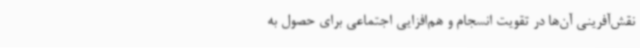
نقش‌آفرینی آن‌ها در تقویت انسجام و هم‌افزایی اجتماعی برای حصول به